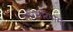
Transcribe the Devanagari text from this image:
सरिसरिनामा